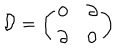
LaTeX: \mathcal { D } = \left( \begin{array} { c c } { { 0 } } & { { \partial } } \\ { { \partial } } & { { 0 } } \\ \end{array} \right)